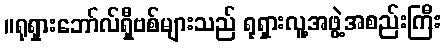
။ရုရှားဘော်လ်ရှီဗစ်များသည် ရုရှားလူ့အဖွဲ့အစည်းကြီး